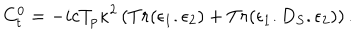
C _ { t } ^ { 0 } = { - i c T _ { p } \kappa ^ { 2 } } \left( T r ( \epsilon _ { 1 } . \epsilon _ { 2 } ) + T r ( \epsilon _ { 1 } . D _ { S } . \epsilon _ { 2 } ) \right) .